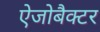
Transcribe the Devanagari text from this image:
ऐजोबैक्टर